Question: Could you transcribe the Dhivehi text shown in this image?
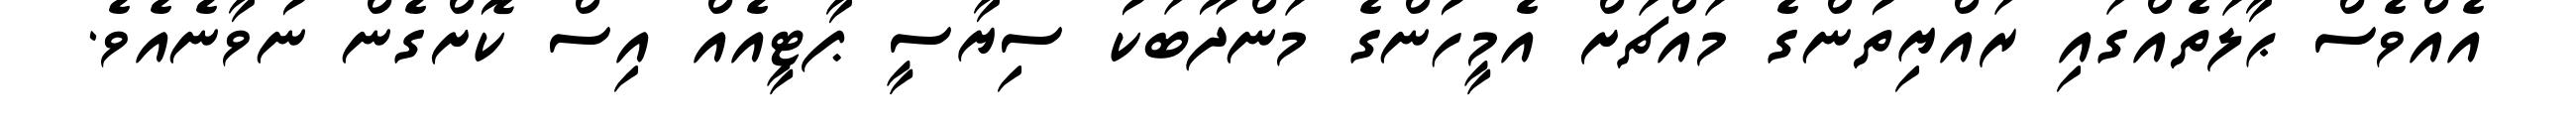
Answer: އެއްވެސް ޙާލަތެއްގައި ރައްޔިތުންގެ މައްޗަށް އެމީހުންގެ މަންދޫބަކު ސިޔާސީ ޕާޓީއެއް އިސް ކޮށްގެން ނުވާނެއެވެ.